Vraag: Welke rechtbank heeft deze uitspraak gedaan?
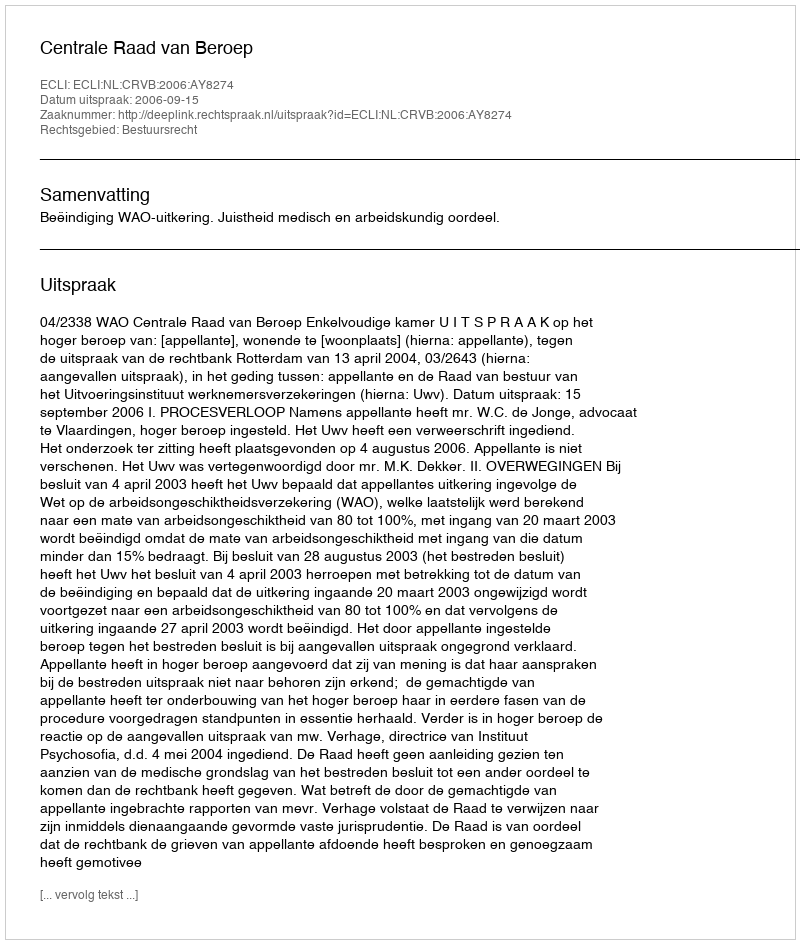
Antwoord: Centrale Raad van Beroep